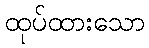
ထုပ်ထားသော